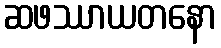
ဆဖဿာယတနော